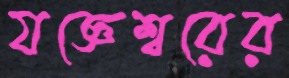
যজ্ঞেশ্বরের